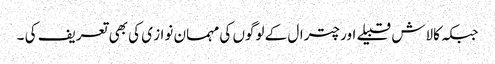
جبکہ کالاش قبیلے اور چترال کے لوگوں کی مہمان نواز ی کی بھی تعریف کی ۔